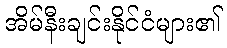
အိမ်နီးချင်းနိုင်ငံများ၏